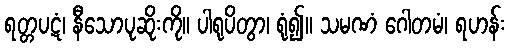
ရတ္တပဋံ၊ နီသောပုဆိုးကို။ ပါရုပိတွာ၊ ရုံ၍။ သမဏံ ဂေါတမံ၊ ရဟန်း